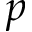
p